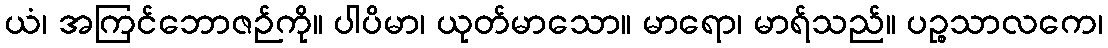
ယံ၊ အကြင်ဘောဇဉ်ကို။ ပါပိမာ၊ ယုတ်မာသော။ မာရော၊ မာရ်သည်။ ပဉ္စသာလကေ၊